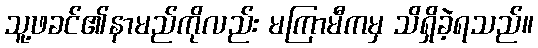
သူ့ဖခင်၏နာမည်ကိုလည်း မကြာမီကမှ သိရှိခဲ့ရသည်။